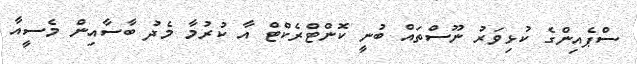
ސްޕެއިންގެ ކުޅިވަރު ނޫސްތައް ބުނީ ކޮންޓްރެކްޓް އާ ކުރުމާ މެދު ބާސާއިން މެސީއާ